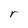
Character: r